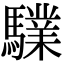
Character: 驜